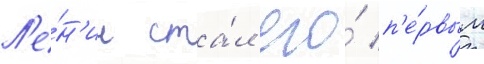
Л'е́н'ин ста́л его́ п'е́рвым